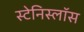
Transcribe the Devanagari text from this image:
स्टेनिस्लॉस